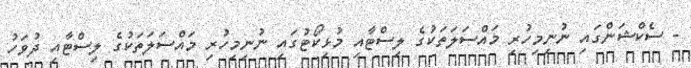
- ސެކްޝަންގައި ނުނިމިހުރި މައްސަލަތަކުގެ ލިސްޓާއި މުޅިކޯޓުގައި ނުނިމިހުރި މައްސަލަތަކުގެ ލިސްޓާއި ދުވަހު